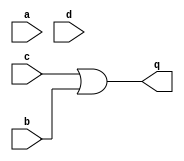
// This program was cloned from: https://github.com/milind7777/VerilogDocGen
// License: MIT License

module circuit4 (
  input a,
  input b,
  input c,
  input d,
  output q

);

  assign q = c | b;

endmodule